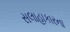
સલાહાકારના